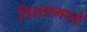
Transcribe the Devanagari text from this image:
तिस्तामध्ये